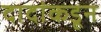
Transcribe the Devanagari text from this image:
दादांकडून